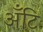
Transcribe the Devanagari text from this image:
अँटि